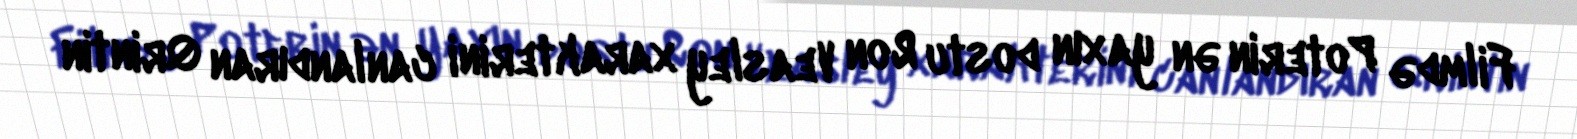
Filmdə Poterin ən yaxın dostu Ron Veasley xarakterini canlandıran Qrintin